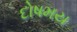
દોષમય